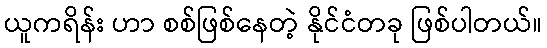
ယူကရိန်း ဟာ စစ်ဖြစ်နေတဲ့ နိုင်ငံတခု ဖြစ်ပါတယ်။